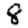
Digit: 8